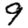
Digit: 9